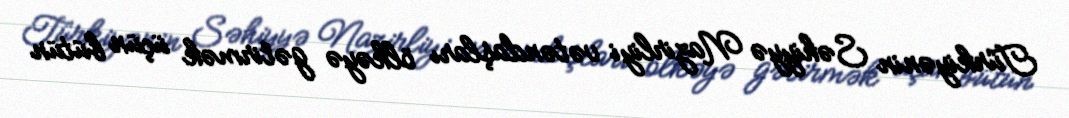
Türkiyənin Səhiyyə Nazirliyi vətəndaşları ölkəyə gətirmək üçün bütün